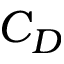
C _ { D }